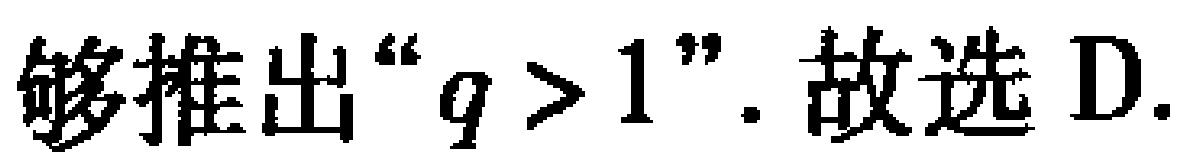
够推出“\(q > 1\)”. 故选 D.